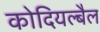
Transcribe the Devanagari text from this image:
कोदियल्बैल